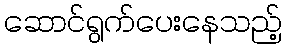
ဆောင်ရွက်ပေးနေသည့်